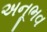
અનૂભવ